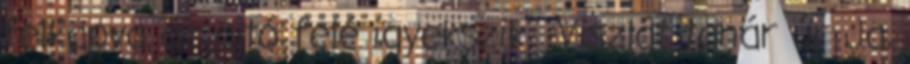
felkapva az ajtó felé igyekszik. -Viszlát tanár úr Ja,